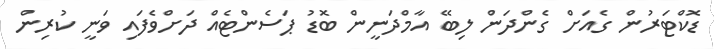
ޑޮކްޓަރުން ގެއަށް ގެންދަން ލިބޭ އާމްދަނީން ބޮޑު ޕަސެންޓެއް ދަށްވެފައި ވަނީ ކުރިން